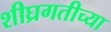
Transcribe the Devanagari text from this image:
शीघ्रगतीच्या